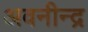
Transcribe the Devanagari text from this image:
अवनीन्द्र